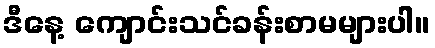
ဒီနေ့ ကျောင်းသင်ခန်းစာမများပါ။